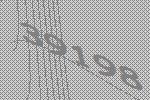
39198